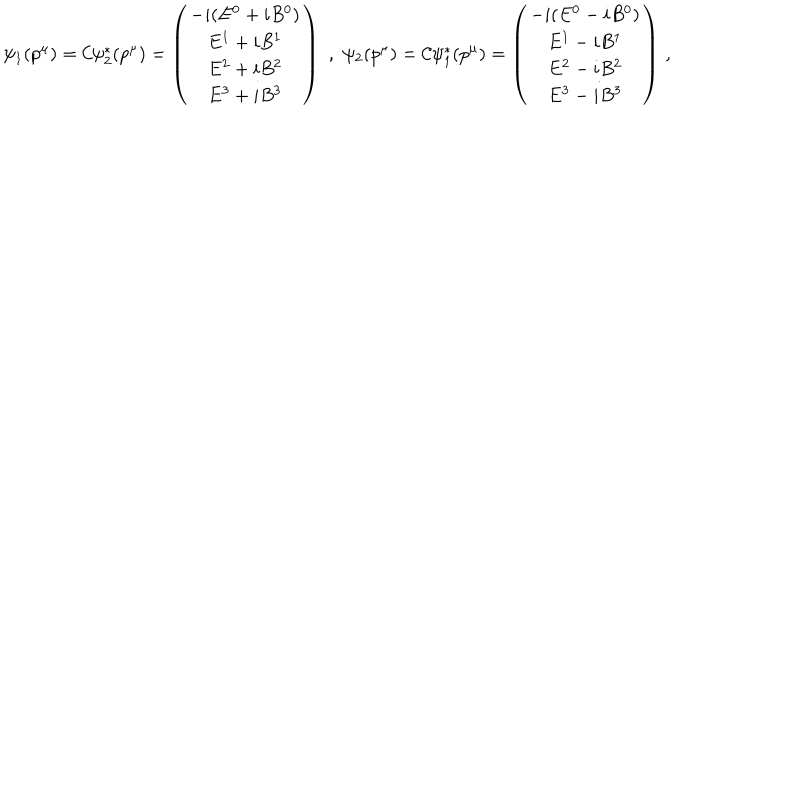
\psi _ { 1 } ( p ^ { \mu } ) = { \cal C } \psi _ { 2 } ^ { \ast } ( p ^ { \mu } ) = \left( \begin{matrix} { { - i ( E ^ { 0 } + i B ^ { 0 } ) } } \\ { { E ^ { 1 } + i B ^ { 1 } } } \\ { { E ^ { 2 } + i B ^ { 2 } } } \\ { { E ^ { 3 } + i B ^ { 3 } } } \\ \end{matrix} \right) \, \, , \, \, \psi _ { 2 } ( p ^ { \mu } ) = { \cal C } \psi _ { 1 } ^ { \ast } ( p ^ { \mu } ) = \left( \begin{matrix} { { - i ( E ^ { 0 } - i B ^ { 0 } ) } } \\ { { E ^ { 1 } - i B ^ { 1 } } } \\ { { E ^ { 2 } - i B ^ { 2 } } } \\ { { E ^ { 3 } - i B ^ { 3 } } } \\ \end{matrix} \right) \, ,